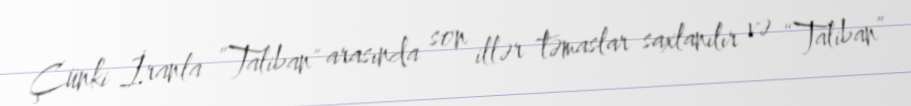
Çünki İranla ”Taliban" arasında son illər təmaslar saxlanılır və “Taliban”